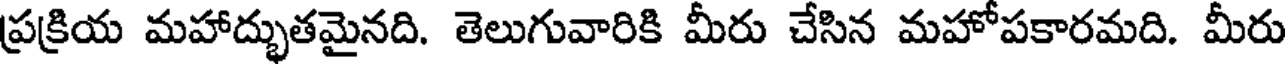
ప్రక్రియ మహాద్భుతమైనది. తెలుగువారికి మీరు చేసిన మహోపకారమది. మీరు